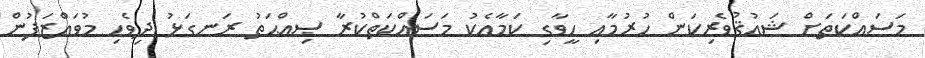
މަސައްކަތަށް ޝައުޤުވެރިކަން ހުރުމާއި ހީވާގި ކަމާއެކު މަސައްކަތްކުރާ ޞިއްޙަތު ރަނގަޅު ދިވެހި މުވައްޒަފުން